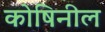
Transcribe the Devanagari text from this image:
कोषिनील